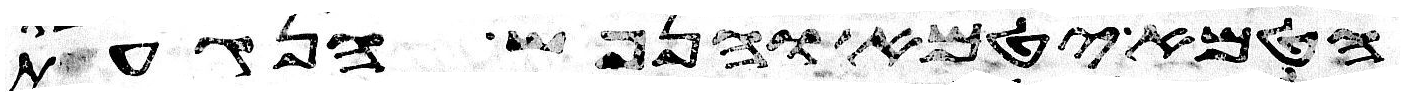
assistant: הטמא יטמא והנפש הנגעת